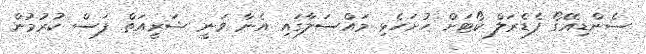
ސެންޑިއޭގޯ ފެޑެރަލް ކޯޓަށް ހުށަހެޅި މައްސަލާގައި އެނާ ވަނީ ޝަރީއަތް ފަސް ކުރުމުން